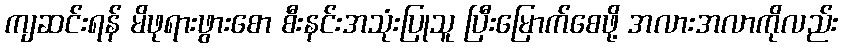
ကျဆင်းရန် မိဖုရားဖွားစော စီးနင်းအသုံးပြုသူ ပြီးမြောက်စေဖို့ အလားအလာကိုလည်း